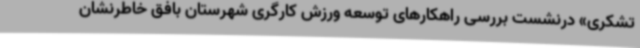
تشکری» درنشست بررسی راهکارهای توسعه ورزش کارگری شهرستان بافق خاطرنشان